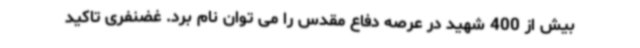
بیش از 400 شهید در عرصه دفاع مقدس را می توان نام برد. غضنفری تاکید